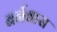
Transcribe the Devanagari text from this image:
बर्नबास